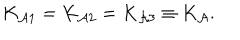
K _ { { \cal A } 1 } = K _ { { \cal A } 2 } = K _ { { \cal A } 3 } \equiv K _ { \cal A } .